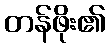
တန်ဖိုး၏